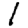
Digit: 1